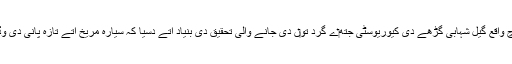
9 دسمبر، 2013ء نو‏‏ں ناسا نے ایولس پالس دے قریب ماؤنٹ شارپ وچ واقع گیل شہابی گڑھے دی کیوریوسٹی جتھ‏ے گرد تو‏ں دی جانے والی تحقیق دی بنیاد اُتے دسیا کہ سیارہ مریخ اُتے تازہ پانی دی وڈی جھیل سی (جس دا ماحول خرد حیات دے لئی قابل حلیم ہو سکدا سی )۔